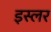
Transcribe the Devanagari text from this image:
इस्लर